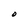
Character: O